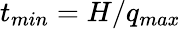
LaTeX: t_{min}=H/q_{max}